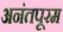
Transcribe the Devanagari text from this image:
अनंतपूरम